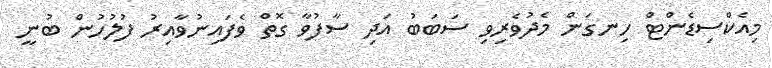
މިއެކްސިޑެންޓް ހިނގަން މެދުވެރިވި ސަބަބު އަދި ސާފުވާ ގޮތް ވެފައިނުވާއިރު ފުލުހުން ބުނީ